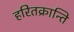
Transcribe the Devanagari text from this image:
हरितक्रान्ति